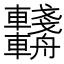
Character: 𨏺